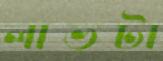
লাভটা